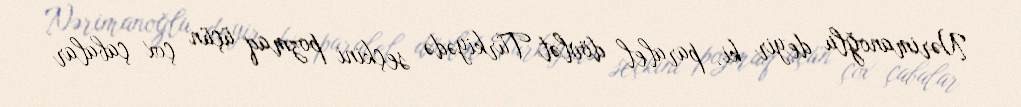
Nərimanoğlu deyir ki, paralel dövlət Türkiyədə seçkini pozmaq üçün çox çabalar